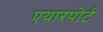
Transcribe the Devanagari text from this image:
एयारपोर्ट